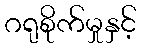
ဂရုစိုက်မှုနှင့်